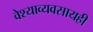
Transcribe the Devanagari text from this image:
वेश्याव्यवसायही